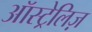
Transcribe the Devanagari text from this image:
ऑस्ट्रेलिज़